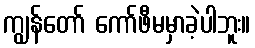
ကျွန်တော် ကော်ဖီမမှာခဲ့ပါဘူး။